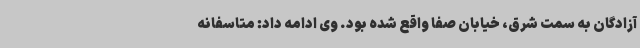
آزادگان به سمت شرق، خیابان صفا واقع شده بود. وی ادامه داد: متاسفانه